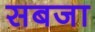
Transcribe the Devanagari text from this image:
सबजा